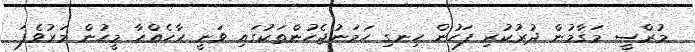
މުރްސީ މަގާމުން ދުރުކުރި ފަހުން ހިނގި ހަމަނުޖެހުންތަކުގައި ވަނީ ހާހެއްހާ މީހުން މަރުވެފަ